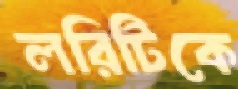
লরিটিকে